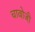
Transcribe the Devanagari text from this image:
चावोजी